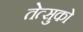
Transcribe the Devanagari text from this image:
तेत्सुको